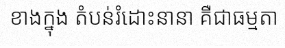
ខាងក្នុង តំបន់រំដោះនានា គឺជាធម្មតា